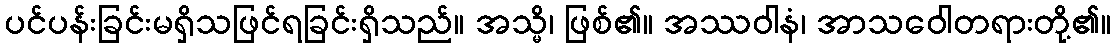
ပင်ပန်းခြင်းမရှိသဖြင်ရခြင်းရှိသည်။ အသ္မိ၊ ဖြစ်၏။ အဿဝါနံ၊ အာသဝေါတရားတို့၏။